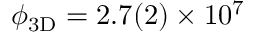
\ensuremath { \phi _ { \mathrm { 3 D } } } = 2 . 7 ( 2 ) \times 1 0 ^ { 7 }